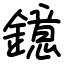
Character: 鐿